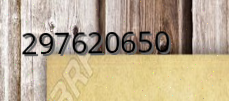
297620650